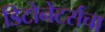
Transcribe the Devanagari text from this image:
डिटोनेटर्सचा